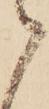
て